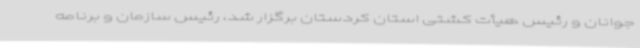
جوانان و رئیس هیأت کشتی استان کردستان برگزار شد، رئیس سازمان و برنامه